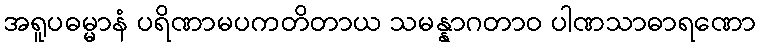
အရူပဓမ္မာနံ ပရိဏာမပကတိတာယ သမန္နာဂတာဝ ပါဏသာဓာရဏော